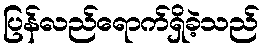
ပြန်လည်ရောက်ရှိခဲ့သည်